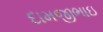
દામજીભાઇ